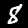
Label: 8